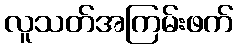
လူသတ်အကြမ်းဖက်